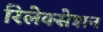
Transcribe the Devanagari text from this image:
रिलेक्सेशन